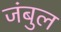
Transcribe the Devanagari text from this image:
जंबुल